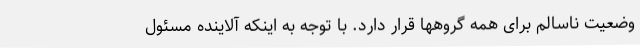
وضعیت ناسالم برای همه گروهها قرار دارد. با توجه به اینکه آلاینده مسئول